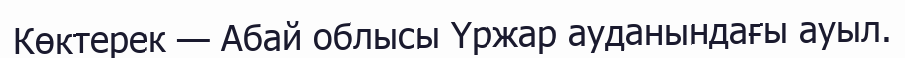
Көктерек — Абай облысы Үржар ауданындағы ауыл.